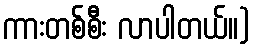
ကားတစ်စီး လာပါတယ်။)